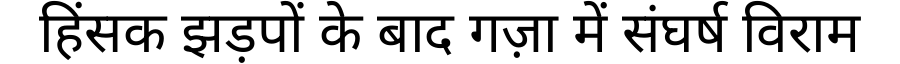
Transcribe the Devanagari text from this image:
हिंसक झड़पों के बाद गज़ा में संघर्ष विराम